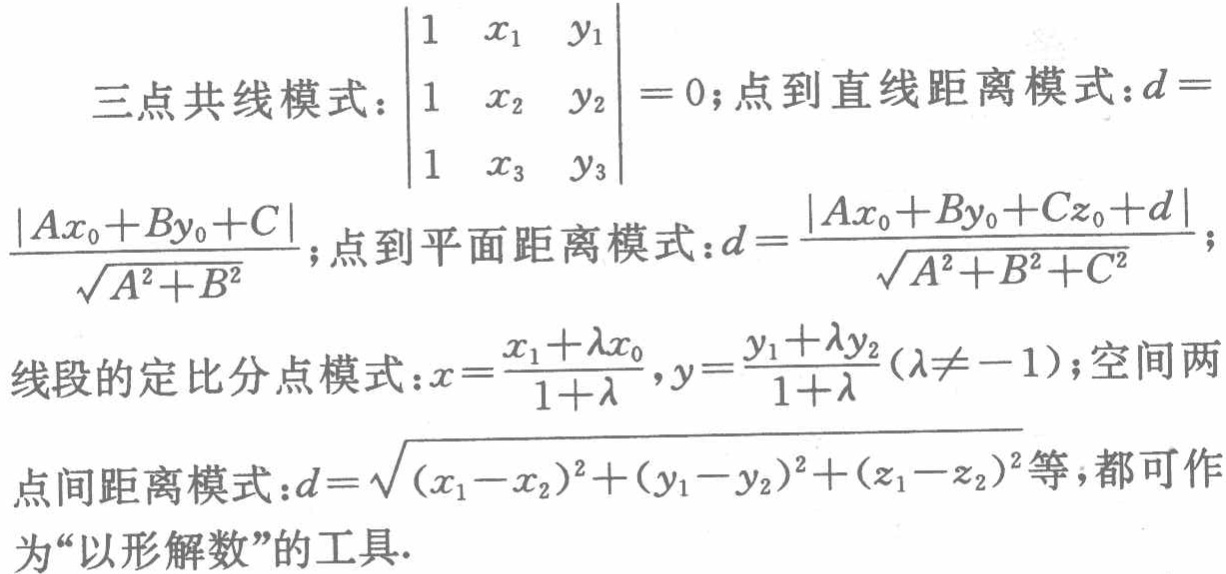
三点共线模式：$\begin{vmatrix}
1 & x_{1} & y_{1}\\
1 & x_{2} & y_{2}\\
1 & x_{3} & y_{3}
\end{vmatrix}=0$；点到直线距离模式：$d = \frac{\vert Ax_{0}+By_{0}+C\vert}{\sqrt{A^{2}+B^{2}}}$；点到平面距离模式：$d=\frac{\vert Ax_{0}+By_{0}+Cz_{0}+d\vert}{\sqrt{A^{2}+B^{2}+C^{2}}}$；线段的定比分点模式：$x = \frac{x_{1}+\lambda x_{0}}{1 + \lambda},y=\frac{y_{1}+\lambda y_{2}}{1 + \lambda}(\lambda\neq - 1)$；空间两点间距离模式：$d=\sqrt{(x_{1}-x_{2})^{2}+(y_{1}-y_{2})^{2}+(z_{1}-z_{2})^{2}}$等，都可作为“以形解数”的工具.